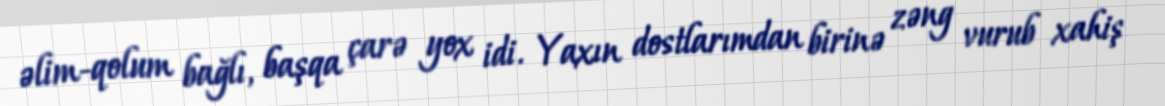
əlim-qolum bağlı, başqa çarə yox idi. Yaxın dostlarımdan birinə zəng vurub xahiş